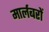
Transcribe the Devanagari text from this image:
मार्लबरों